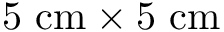
5 \ \mathrm { c m } \times 5 \ \mathrm { c m }